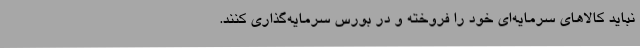
نباید کالاهای سرمایه‌ای خود را فروخته و در بورس سرمایه‌گذاری کنند.